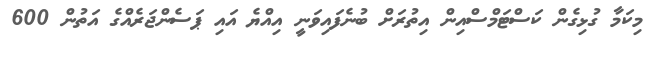
މިކަމާ ގުޅިގެން ކަސްޓަމްސްއިން އިތުރަށް ބުނެފައިވަނީ އިއްޔެ އައި ޕަސެންޖަރެއްގެ އަތުން 600